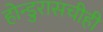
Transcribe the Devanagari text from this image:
होन्डुरासचीही